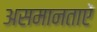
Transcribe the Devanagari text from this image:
असमानताऐं